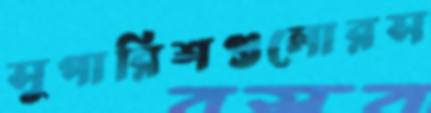
সুপারিশগুলোরস